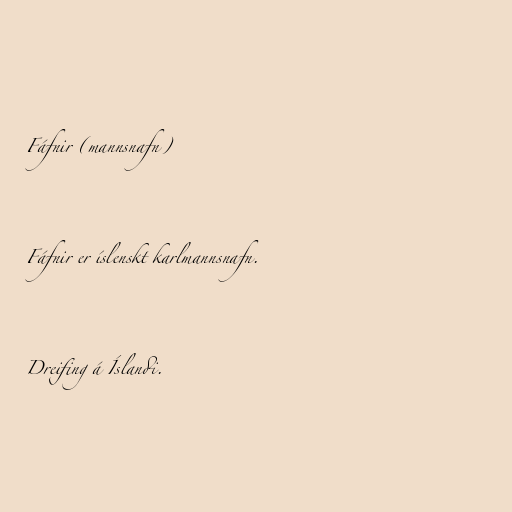
Fáfnir (mannsnafn)

Fáfnir er íslenskt karlmannsnafn.

Dreifing á Íslandi.